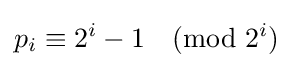
p_{i}\equiv 2^{i}-1{\pmod {2^{i}}}